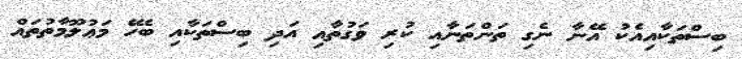
ބިސްތަކާއިއެކު އޭނާ ނެގި ތަންތަނާއި ކުރި ވަގުތާއި އަދި ބިސްތަކާއި ބެހޭ މަޢުލޫމާތުތައް